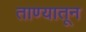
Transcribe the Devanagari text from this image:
ताण्यातून